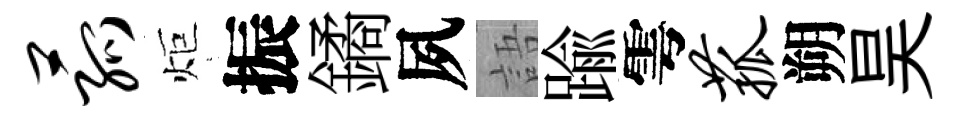
菰炬振鐍夙語踰雩菰朔昊